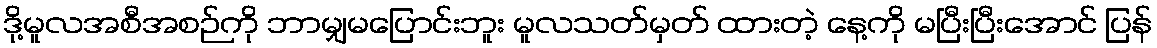
ဒို့မူလအစီအစဉ်ကို ဘာမျှမပြောင်းဘူး မူလသတ်မှတ် ထားတဲ့ နေ့ကို မပြီးပြီးအောင် ပြန်